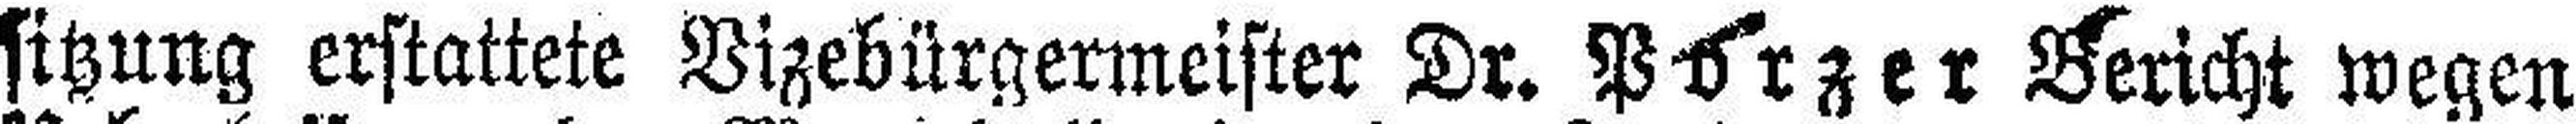
sitzung erstattete Vizebürgemeister Dr. Porzer Bericht wegen